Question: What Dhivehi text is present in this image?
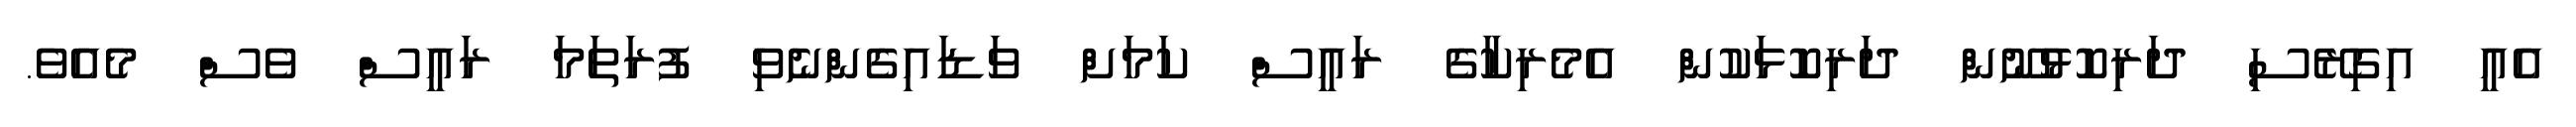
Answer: އެއީ އިގިރޭސި ދަރިކޮޅުނޫން ދަރިކޮޅަކުން އެމެރިކާގެ ރައީސް ކަމަށް ވަޑައިގެންނެވި ފުރަތަމަ ރައީސް ވެސް މެއެވެ.